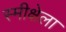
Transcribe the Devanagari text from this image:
स्मीक्षेला